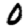
Digit: 0